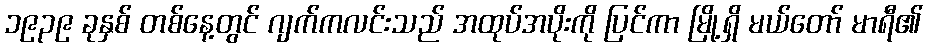
၁၉၃၉ ခုနှစ် တစ်နေ့တွင် ဂျက်ကလင်းသည် အထုပ်အပိုးကို ပြင်ကာ မြို့ရှိ မယ်တော် မာရီ၏